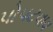
પોપટવાવ